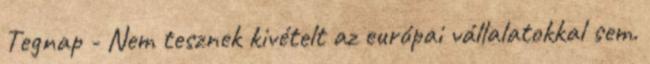
Tegnap - Nem tesznek kivételt az európai vállalatokkal sem.